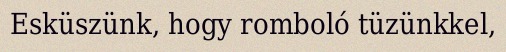
Esküszünk, hogy romboló tüzünkkel,